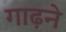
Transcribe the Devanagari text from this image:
गाढ़ने